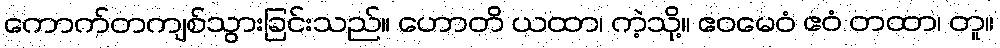
ကောက်တကျစ်သွားခြင်းသည်။ ဟောတိ ယထာ၊ ကဲ့သို့။ ဧဝမေဝံ ဧဝံ တထာ၊ တူ။